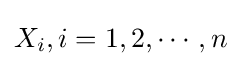
X_{i},i=1,2,\cdots ,n